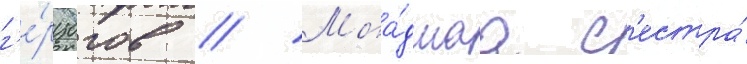
г'е́рцогов // Мла́дшаа с'естра́